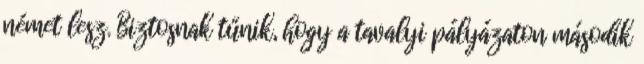
német lesz. Biztosnak tűnik, hogy a tavalyi pályázaton második